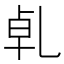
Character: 𠃵